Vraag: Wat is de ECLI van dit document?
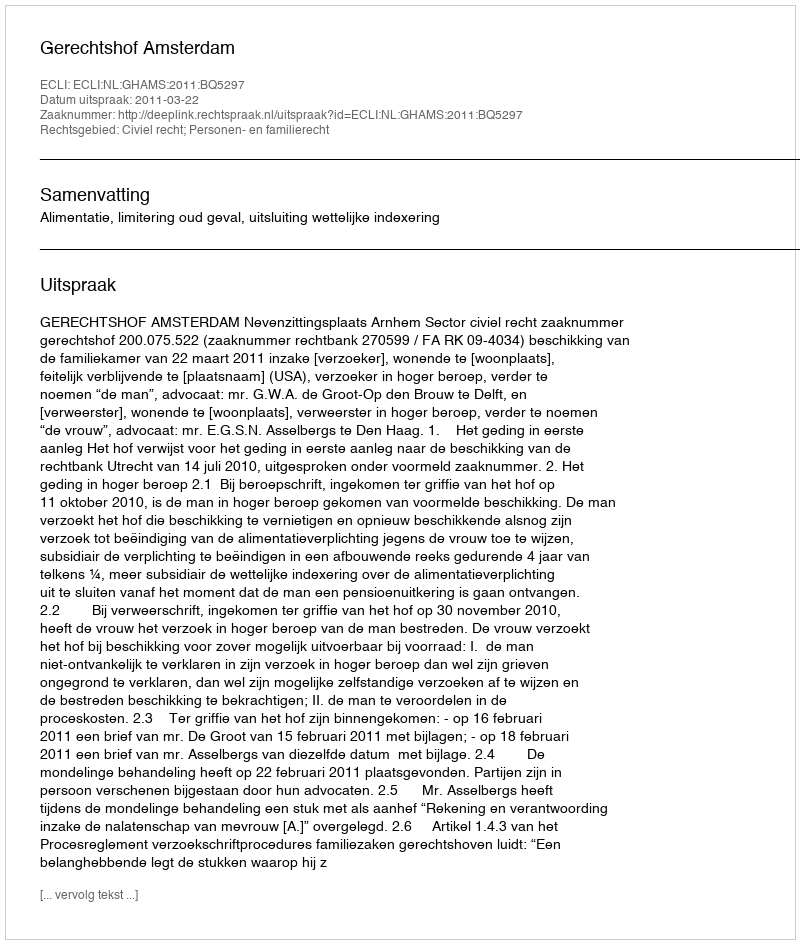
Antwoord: ECLI:NL:GHAMS:2011:BQ5297